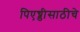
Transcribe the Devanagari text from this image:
पिएच्डीसाठीचे